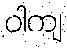
ဝါကျ